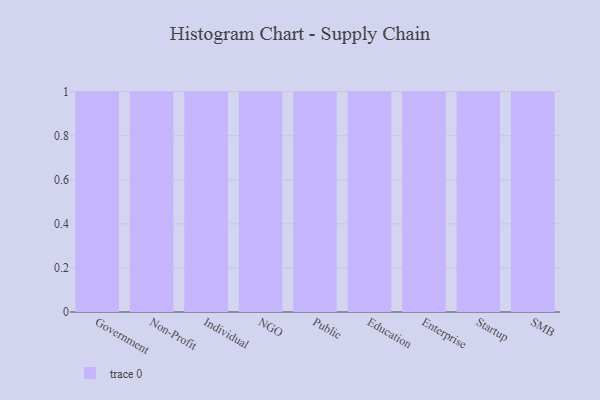
{"axis": {"x": "Segment", "y": "Revenue (USD Million)"}, "legend": [""], "data": [{"x": "Government", "y": 9, "type": ""}, {"x": "Non-Profit", "y": 50, "type": ""}, {"x": "Individual", "y": 95, "type": ""}, {"x": "NGO", "y": 20, "type": ""}, {"x": "Public", "y": 69, "type": ""}, {"x": "Education", "y": 13, "type": ""}, {"x": "Enterprise", "y": 82, "type": ""}, {"x": "Startup", "y": 1, "type": ""}, {"x": "SMB", "y": 4, "type": ""}]}